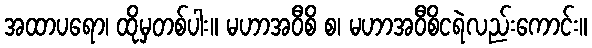
အထာပရော၊ ထိုမှတစ်ပါး။ မဟာအဝီစိ စ၊ မဟာအဝီစိငရဲလည်းကောင်း။